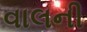
વાલની